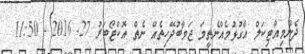
ދެންމިއާޓިކަލް އާގުޅުމެއްނެތީމަ ޖަވާބުދޭހިތެއް ނެތް އޮކްޓޯބަރު 27